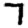
Digit: 7